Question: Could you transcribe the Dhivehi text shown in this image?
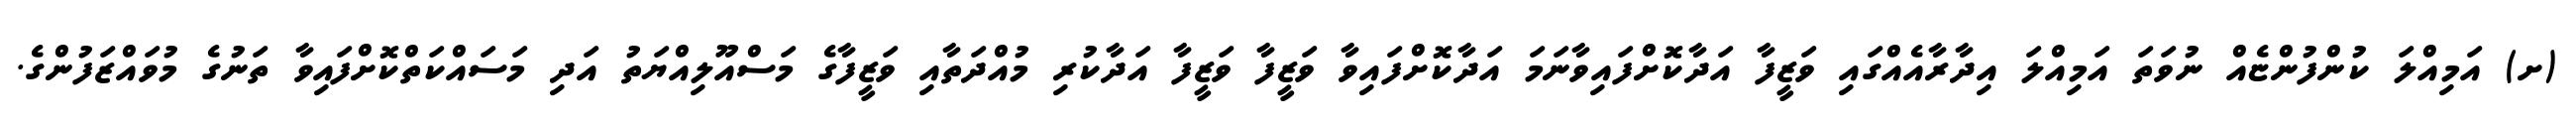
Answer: (ށ) އަމިއްލަ ކުންފުންޏެއް ނުވަތަ އަމިއްލަ އިދާރާއެއްގައި ވަޒީފާ އަދާކޮށްފައިވާނަމަ އަދާކޮށްފައިވާ ވަޒީފާ ވަޒީފާ އަދާކުރި މުއްދަތާއި ވަޒީފާގެ މަސްއޫލިއްޔަތު އަދި މަސައްކަތްކޮށްފައިވާ ތަނުގެ މުވައްޒަފުންގެ.